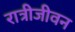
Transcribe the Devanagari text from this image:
रात्रीजीवन